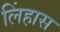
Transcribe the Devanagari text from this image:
लिंहास